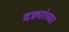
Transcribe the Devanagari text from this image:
वड्यांच्या